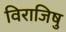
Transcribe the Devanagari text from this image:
विराजिषु